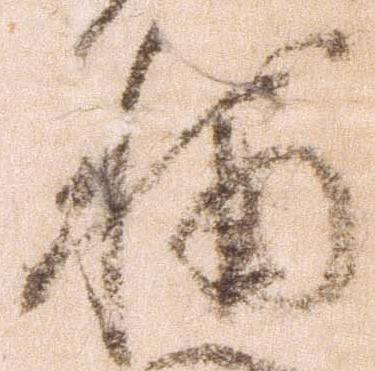
輔